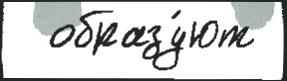
  образу́ют